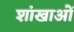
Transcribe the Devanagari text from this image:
शांखाओं